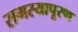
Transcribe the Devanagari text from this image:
समस्यापूरण